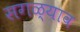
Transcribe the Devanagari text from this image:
सगळ्याव